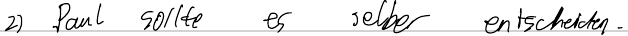
2) Paul sollte es selber entscheiden.